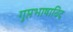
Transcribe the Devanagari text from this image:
गुप्तभाषाविद